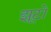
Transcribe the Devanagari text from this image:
झूटो